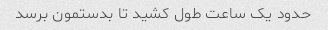
حدود یک ساعت طول کشید تا بدستمون برسد